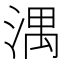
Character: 湡